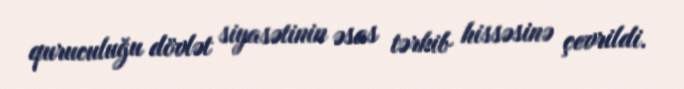
quruculuğu dövlət siyasətinin əsas tərkib hissəsinə çevrildi.